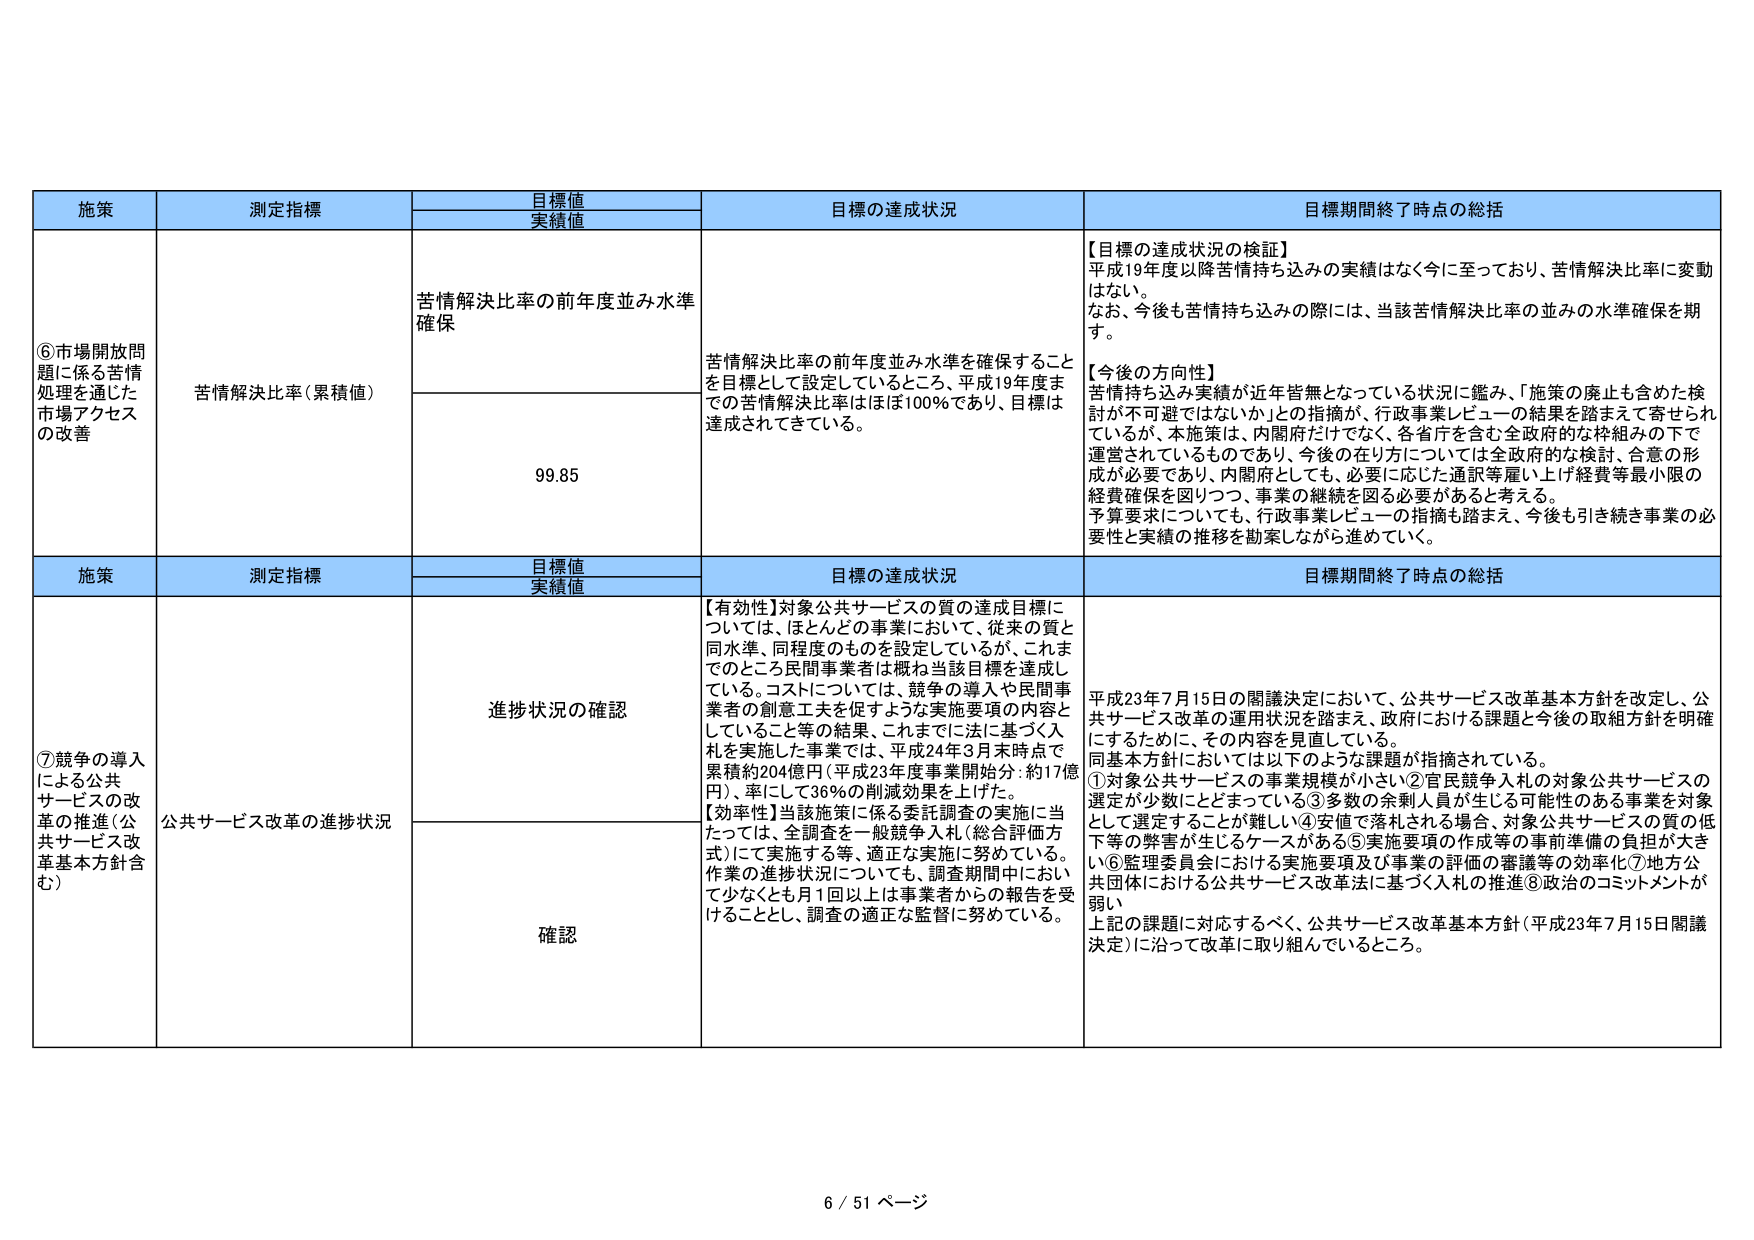
施策
測定指標
目標値
実績値
目標の達成状況
目標期間終了時点の総括
⑥市場開放問題に係る苦情処理を通じた市場アクセスの改善
苦情解決比率（累積値）
苦情解決比率の前年度並み水準確保
苦情解決比率の前年度並み水準を確保することを目標として設定しているところ、平成19年度までの苦情解決比率はほぼ100％であり、目標は達成されてきている。
【目標の達成状況の検証】
平成19年度以降苦情持ち込みの実績はなく今に至っており、苦情解決比率に変動はない。
なお、今後も苦情持ち込みの際には、当該苦情解決比率の並みの水準確保を期す。
【今後の方向性】
苦情持ち込み実績が近年皆無となっている状況に鑑み、「施策の廃止も含めた検討が不可避ではないか」との指摘が、行政事業レビューの結果を踏まえて寄せられているが、本施策は、内閣府だけでなく、各省庁を含む全政府的な枠組みの下で運営されているものであり、今後の在り方については全政府的な検討、合意の形成が必要であり、内閣府としても、必要に応じた通訳等雇い上げ経費等最小限の経費確保を図りつつ、事業の継続を図る必要があると考える。
予算要求についても、行政事業レビューの指摘も踏まえ、今後も引き続き事業の必要性と実績の推移を勘案しながら進めていく。
99.85
施策
測定指標
目標値
実績値
目標の達成状況
目標期間終了時点の総括
⑦競争の導入による公共サービスの改革の推進（公共サービス改革基本方針含む）
公共サービス改革の進捗状況
進捗状況の確認
【有効性】対象公共サービスの質の達成目標については、ほとんどの事業において、従来の質と同水準、同程度のものを設定しているが、これまでのところ民間事業者は概ね当該目標を達成している。コストについては、競争の導入や民間事業者の創意工夫を促すような実施要項の内容としていること等の結果、これまでに法に基づく入札を実施した事業では、平成24年3月末時点で累積約204億円（平成23年度事業開始分：約17億円）、率にして36％の削減効果を上げた。
【効率性】当該施策に係る委託調査の実施に当たっては、全調査を一般競争入札（総合評価方式）にて実施する等、適正な実施に努めている。作業の進捗状況についても、調査期間中において少なくとも月1回以上は事業者からの報告を受けることとし、調査の適正な監督に努めている。
平成23年7月15日の閣議決定において、公共サービス改革基本方針を改定し、公共サービス改革の運用状況を踏まえ、政府における課題と今後の取組方針を明確にするために、その内容を見直している。
同基本方針においては以下のような課題が指摘されている。
①対象公共サービスの事業規模が小さい②官民競争入札の対象公共サービスの選定が少数にとどまっている③多数の余剰人員が生じる可能性のある事業を対象として選定することが難しい④安値で落札される場合、対象公共サービスの質の低下等の弊害が生じるケースがある⑤実施要項の作成等の事前準備の負担が大きい⑥監理委員会における実施要項及び事業の評価の審議等の効率化⑦地方公共団体における公共サービス改革法に基づく入札の推進⑧政治的コミットメントが弱い
上記の課題に対応するべく、公共サービス改革基本方針（平成23年7月15日閣議決定）に沿って改革に取り組んでいるところ。
確認
6 / 51 ページ